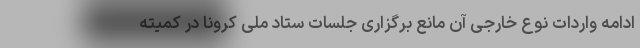
ادامه واردات نوع خارجی آن مانع برگزاری جلسات ستاد ملی کرونا در کمیته